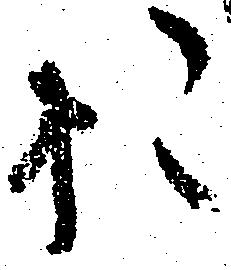
お